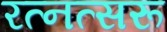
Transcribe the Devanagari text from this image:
रत्नत्सरू